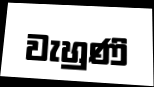
වැහුණි